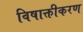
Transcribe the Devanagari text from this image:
विषाक्तीकरण